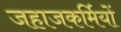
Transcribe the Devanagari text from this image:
जहाजकर्मियों